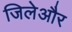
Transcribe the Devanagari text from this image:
जिलेऔर